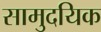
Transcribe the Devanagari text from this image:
सामुदयिक